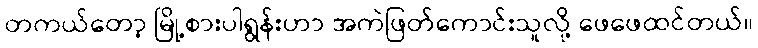
တကယ်တော့ မြို့စားပါရွန်းဟာ အကဲဖြတ်ကောင်းသူလို့ ဖေဖေထင်တယ်။